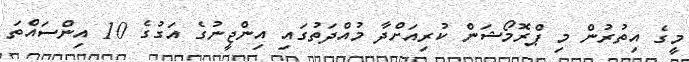
މީގެ އިތުރުން މި ޕްރޮމޯޝަން ކުރިއަށްދާ މުއްދަތުގައި އިންޖީނުގެ އަގުގެ 10 އިންސައްތަ